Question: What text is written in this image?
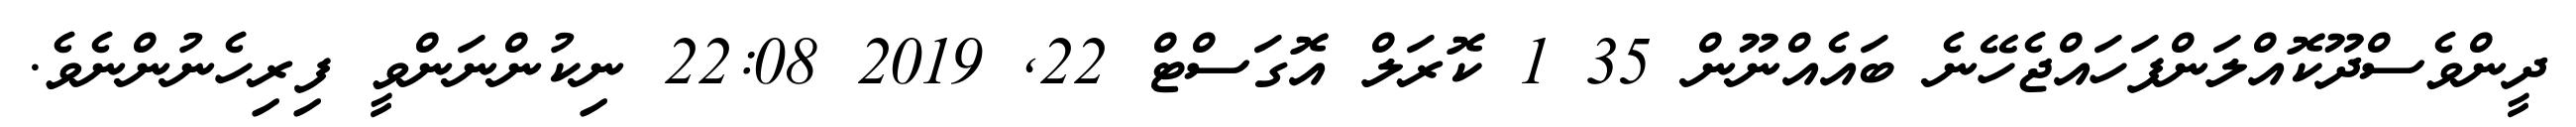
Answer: ދީންވެސްދޫކޮއްލަންފަހައްޖެހޭނެ ބައެއްނޫން 35 1 ކޮރަލް އޮގަސްޓް 22, 2019 22:08 ނިކުންނަންވީ ފިރިހެނުންނެވެ.